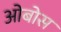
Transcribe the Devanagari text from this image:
ओबोस